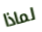
لماذا